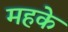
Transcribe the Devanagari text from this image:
महके